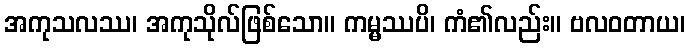
အကုသလဿ၊ အကုသိုလ်ဖြစ်သော။ ကမ္မဿပိ၊ ကံ၏လည်း။ ဗလဝတာယ၊